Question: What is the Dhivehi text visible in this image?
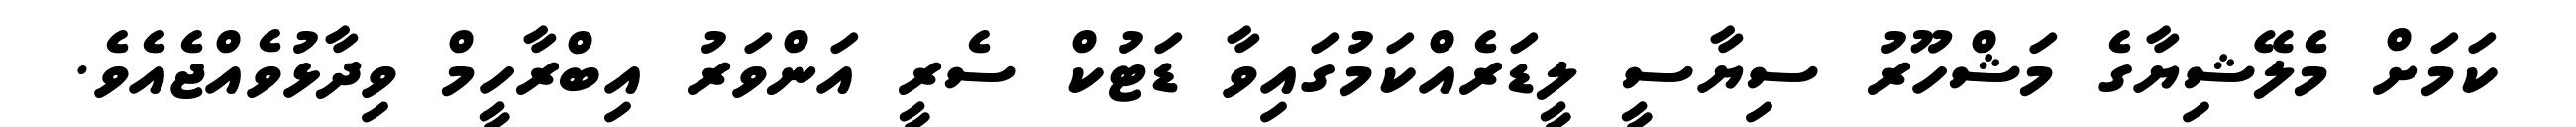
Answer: ކަމަށް މެލޭޝިޔާގެ މަޝްހޫރު ސިޔާސީ ލީޑަރެއްކަމުގައިވާ ޑަޓުކް ސެރީ އަންވަރު އިބްރާހީމް ވިދާޅުވެއްޖެއެވެ.